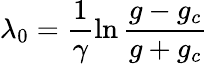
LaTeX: \lambda_{0}=\frac{1}{\gamma}\ln\frac{g-g_{c}}{g+g_{c}}